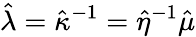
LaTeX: \hat{\lambda}=\hat{\kappa}^{-1}=\hat{\eta}^{-1}\hat{\mu}